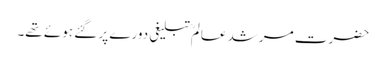
حضرت مرشد عالمؒ تبلیغی دورے پر گئے ہوئے تھے۔